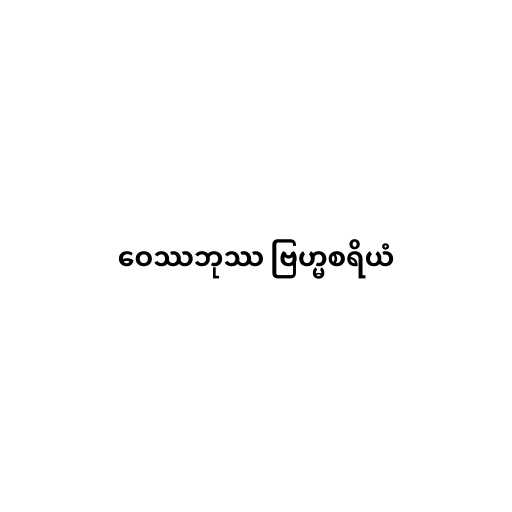
ဝေဿဘုဿ ဗြဟ္မစရိယံ